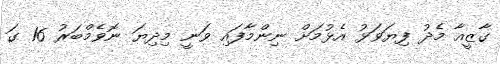
ގާޒީއާ މެދު ފިޔަވަޅު އެޅުމަށް ނިންމާފައި ވަނީ މިދިޔަ ނޮވެމްބަރު 16 ގަ